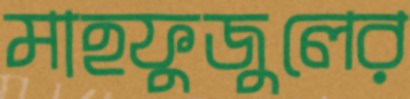
মাহফুজুলের